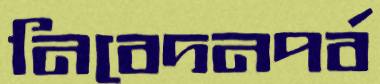
নিবেদনপর্ব